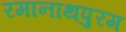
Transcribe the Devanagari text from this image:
रमानाथपुरम